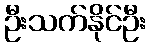
ဦးသက်နိုင်ဦး